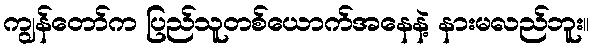
ကျွန်တော်က ပြည်သူတစ်ယောက်အနေနဲ့ နားမလည်ဘူး။